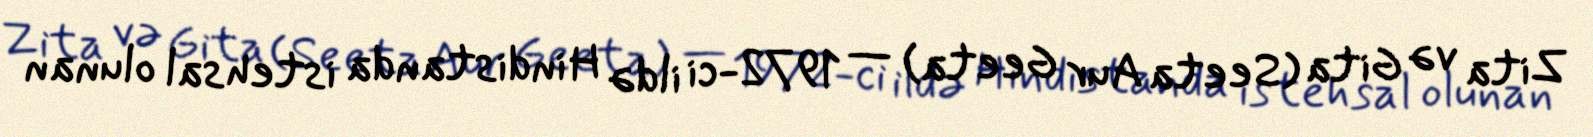
Zita və Gita (Seeta Aur Geeta) — 1972-ci ildə Hindistanda istehsal olunan